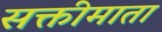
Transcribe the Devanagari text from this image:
सक्तीमाता